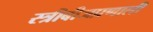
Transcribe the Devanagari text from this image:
स्त्रीबीजप्रणाली